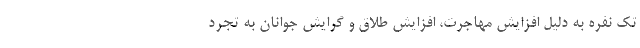
تک نفره به دلیل افزایش مهاجرت، افزایش طلاق و گرایش جوانان به تجرد